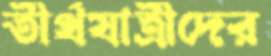
তীর্থযাত্রীদের